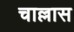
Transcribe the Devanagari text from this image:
चाल्लास